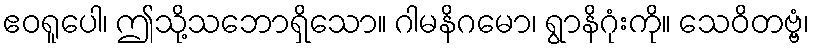
ဧဝရူပေါ၊ ဤသို့သဘောရှိသော။ ဂါမနိဂမော၊ ရွာနိဂုံးကို။ သေဝိတဗ္ဗံ၊